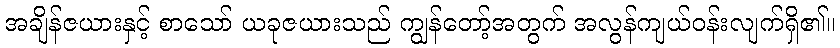
အချိန်ဇယားနှင့် စာသော် ယခုဇယားသည် ကျွန်တော့်အတွက် အလွန်ကျယ်ဝန်းလျက်ရှိ၏။